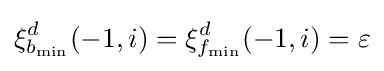
\xi _{b_{\min }}^{d}(-1,i)=\xi _{f_{\min }}^{d}(-1,i)=\varepsilon